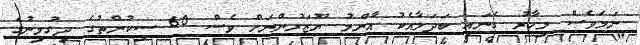
ނަމަވެސް މިހާރު ގެނައި ބަދަލާއެކު އާންމު ޔޫޒަރުންނަށް ވެސް 60 ސިކުންތުގެ ދިގުމިނުގެ